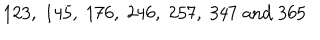
1 2 3 , \; 1 4 5 , \; 1 7 6 , \; 2 4 6 , \; 2 5 7 , \; 3 4 7 \; \mathrm { a n d } \; 3 6 5